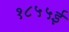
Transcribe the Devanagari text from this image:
१८५५ई